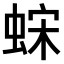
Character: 𫋀